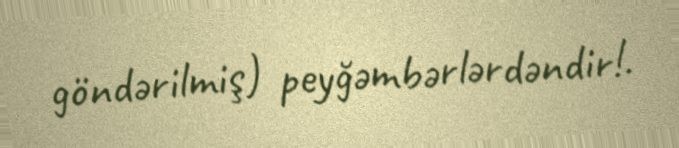
göndərilmiş) peyğəmbərlərdəndir!.